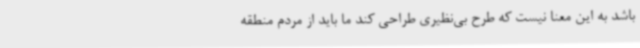
باشد به این معنا نیست که طرح بی‌نظیری طراحی کند ما باید از مردم منطقه